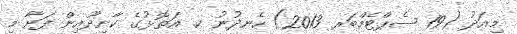
މިއަދު (19 ސެޕްޓެމްބަރ 2013) ހެނދުނު ކ. އަތޮޅުގެ ކާށިދޫއިން ފަށާ މި